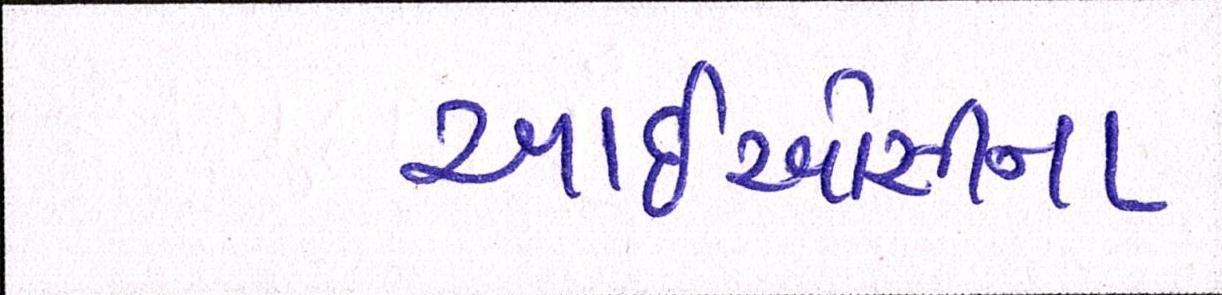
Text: આઈઓસીના